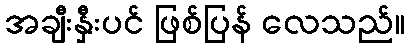
အချီးနှီးပင် ဖြစ်ပြန် လေသည်။